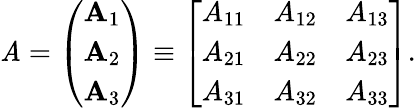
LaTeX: \mathit{A}=\left(\begin{array}{l}{\mathbf{A}_{1}}\\ {\mathbf{A}_{2}}\\ {\mathbf{A}_{3}}\end{array}\right)\equiv\left[\begin{array}{lll}{A_{11}}&{A_{12}}&{A_{13}}\\ {A_{21}}&{A_{22}}&{A_{23}}\\ {A_{31}}&{A_{32}}&{A_{33}}\end{array}\right].